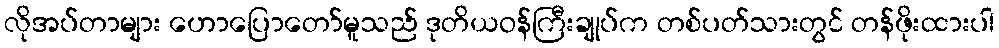
လိုအပ်တာများ ဟောပြောတော်မူသည် ဒုတိယဝန်ကြီးချုပ်က တစ်ပတ်သားတွင် တန်ဖိုးထားပါ